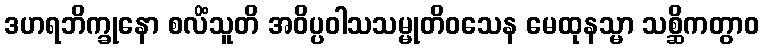
ဒဟရဘိက္ခုနော စလိံသူတိ အဝိပ္ပဝါသသမ္မုတိဝသေန မေထုနသ္မာ သစ္ဆိကတွာဝ